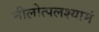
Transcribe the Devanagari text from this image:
नीलोत्पलश्यामं